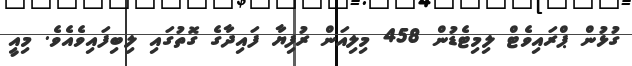
ގުޅުން ޕްރައިވެޓް ލިމިޓެޑުން 458 މިލިއަން ރުފިޔާ ފައިދާގެ ގޮތުގައި ލިބިފައިވެއެވެ. މިއީ